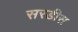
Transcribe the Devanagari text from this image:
सरडीस